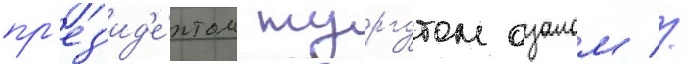
пр'ез'ид'е́нтом тургутом озалом //